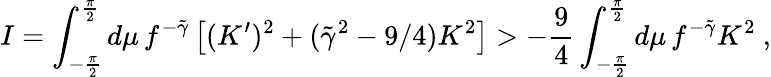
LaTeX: I=\int_{-{\frac{\pi}{2}}}^{\frac{\pi}{2}}d\mu\, f^{-\tilde{\gamma}}\left[(K^{\prime})^{2}+(\tilde{\gamma}^{2}-9/4)K^{2}\right]>{-{\frac{9}{4}}}\int_{-{\frac{\pi}{2}}}^{\frac{\pi}{2}}d\mu\, f^{-\tilde{\gamma}}K^{2}\ ,